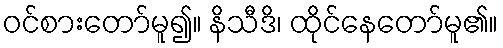
ဝင်စားတော်မူ၍။ နိသီဒိ၊ ထိုင်နေတော်မူ၏။